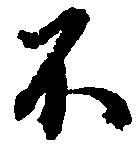
不